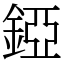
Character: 錏